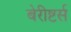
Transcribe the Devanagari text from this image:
बेरीष्टर्स